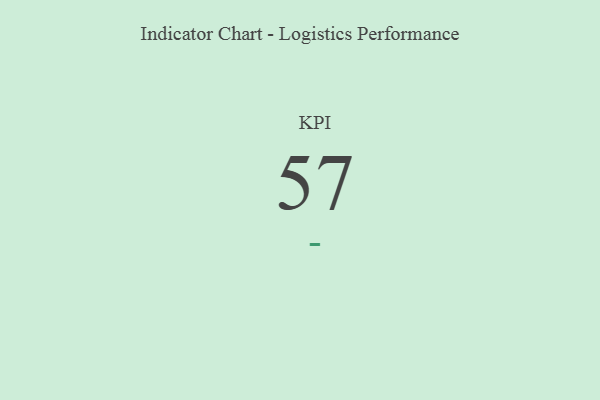
{"axis": {"x": "KPI", "y": "Value"}, "legend": [""], "data": [{"x": "KPI", "y": 57, "type": ""}]}